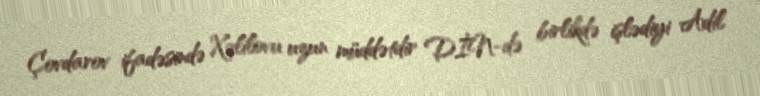
Çovdarov ifadəsində Xəlilovu uzun müddətdir DİN-də birlikdə işlədiyi Adil